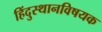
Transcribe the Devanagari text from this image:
हिंदुस्थानविषयक